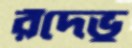
রঁদেভু